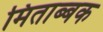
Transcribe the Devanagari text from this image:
मिताब्बक